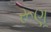
રૂણૂ